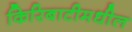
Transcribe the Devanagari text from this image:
किरिबाटीमधील